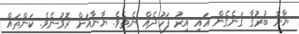
ޔާނާ ބުރުގާ ގަނެގެން އައި އިރު ފަހުދެއް ނެތެވެ. ޔާނާއަށް ރޮވުނެވެ. ކަންތައް